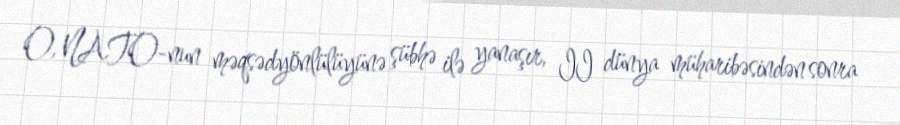
O, NATO-nun məqsədyönlülüyünə şübhə ilə yanaşır, II dünya müharibəsindən sonra